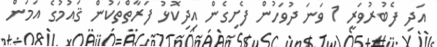
އަދި ފެބުރުވަރީ 1 ވަނަ ދުވަހުން ފެށިގެން އިދިކޮޅު ފަރާތްތަކުން ޤައުމުގެ އަމަން